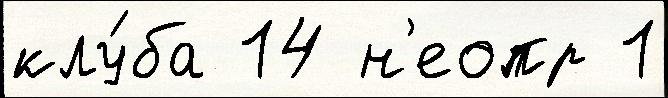
клу́ба 14 н'еопр 1